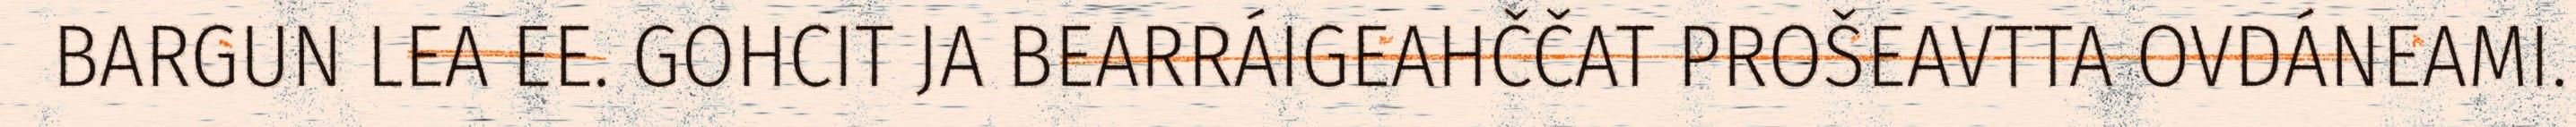
BARGUN LEA EE. GOHCIT JA BEARRÁIGEAHČČAT PROŠEAVTTA OVDÁNEAMI.